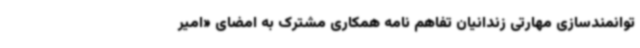
توانمندسازی مهارتی زندانیان تفاهم نامه همکاری مشترک به امضای «امیر